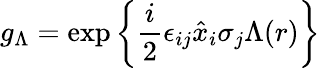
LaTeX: g_{\Lambda}=\exp\left\{ \frac{i}{2}\epsilon_{ij}\hat{x}_{i}\sigma_{j}\Lambda(r)\right\}